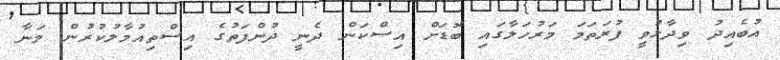
އުބެއިދު ވިދާޅުވީ ފުރަތަމަ މަރުހަލާގައި ބޮޑަށް އިސްކަން ދެނީ ދުންފަތުގެ އިސްތިއުމާލުކުރުން މަނާ